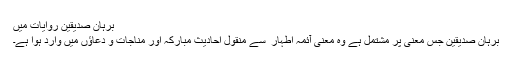
برہان صدیقین روایات میں
برہان صدّیقین جس معنی پر مشتمل ہے وہ معنی آئمہ اطہار ؑ سے منقول احادیث مبارکہ اور مناجات و دعاؤں میں وارد ہوا ہے۔